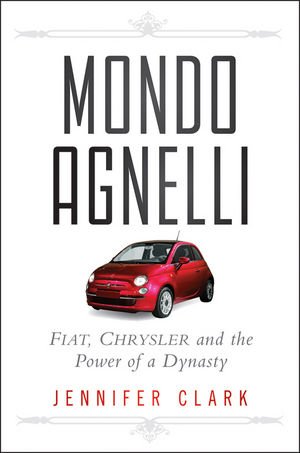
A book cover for Mondo Agnelli: Fiat, Chrysler, and the Power of a Dynasty; Jennifer Clark; Business & Money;